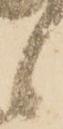
候